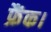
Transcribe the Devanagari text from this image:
फ्रैंक।